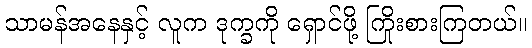
သာမန်အနေနှင့် လူက ဒုက္ခကို ရှောင်ဖို့ ကြိုးစားကြတယ်။